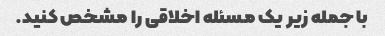
با جمله زیر یک مسئله اخلاقی را مشخص کنید.